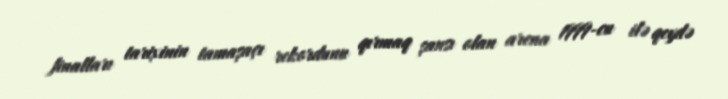
finalları tarixinin tamaşaçı rekordunu qırmaq şansı olan arena 1999-cu ilə qeydə